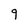
Character: 9